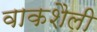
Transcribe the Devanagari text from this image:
वाकशैली